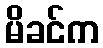
မိခင်က